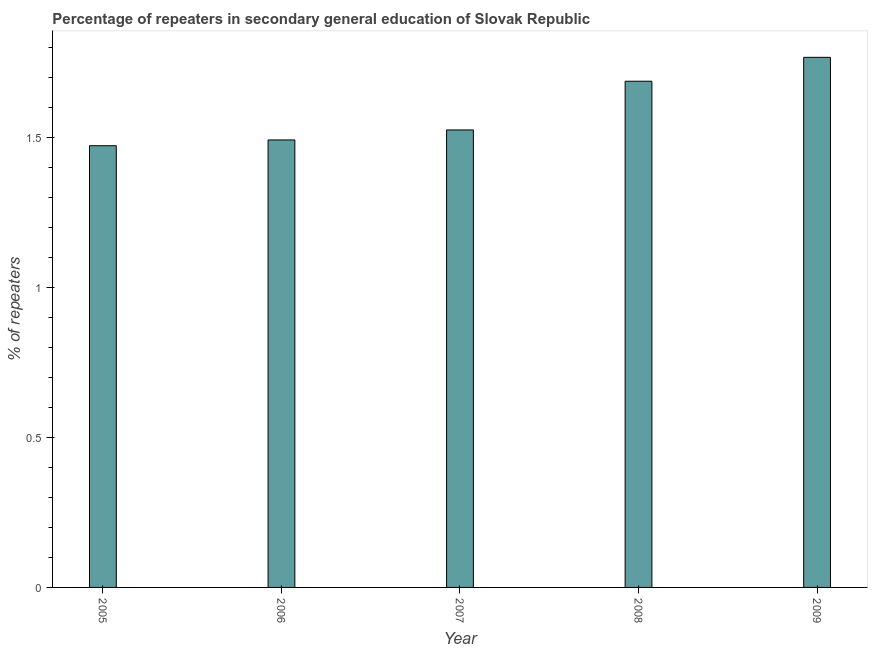
| Year | Percentage of repeaters |
 | --- | --- |
 | 2005 | 1.47 |
 | 2006 | 1.49 |
 | 2007 | 1.53 |
 | 2008 | 1.69 |
 | 2009 | 1.77 |